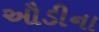
ઔડીના